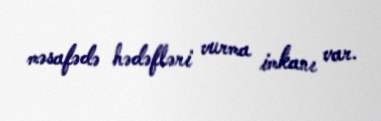
məsafədə hədəfləri vurma imkanı var.